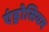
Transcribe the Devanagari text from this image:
एंड्रोसियम